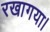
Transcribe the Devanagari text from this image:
रखागया।